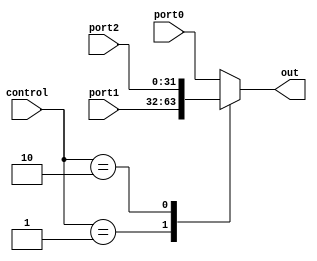
`timescale 1ns / 1ps
//////////////////////////////////////////////////////////////////////////////////
// Company: 
// Engineer: 
// 
// Design Name: 
// Module Name: mux3to1
// Project Name: 
// Target Devices: 
// Tool Versions: 
// Description: 
// 
// Dependencies: 
// 
// Revision:
// Revision 0.01 - File Created
// Additional Comments:
// 
//////////////////////////////////////////////////////////////////////////////////


module mux3to1(
    input [31:0] port0,
    input [31:0] port1,
    input [31:0] port2,
    input [1:0] control,
    output reg[31:0] out
    );
    always@(*)begin
        case(control)
            2'b00: out = port0;
            2'b01: out = port1;
            2'b10: out = port2;
            default out = port0;
        endcase
    end
endmodule